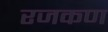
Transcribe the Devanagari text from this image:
रजकण